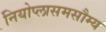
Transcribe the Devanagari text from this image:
नियोप्लासमसौम्य